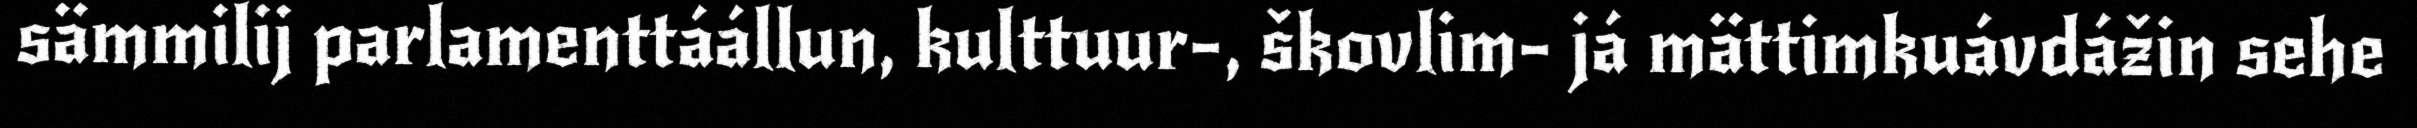
sämmilij parlamenttáállun, kulttuur-, škovlim- já mättimkuávdážin sehe